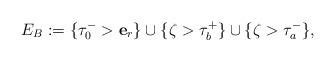
LaTeX: \begin{align*}E_B:=\{\tau_0^->\mathbf{e}_{r}\}\cup\{\zeta>\tau_b^+ \}\cup\{\zeta>\tau_a^{-}\}, \end{align*}